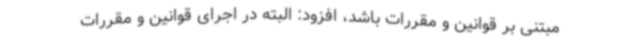
مبتنی بر قوانین و مقررات باشد، افزود: البته در اجرای قوانین و مقررات